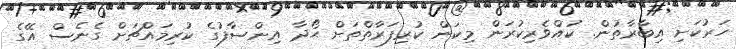
ހަރުކަށި އިބާރާތުން. ކުއްވެރިކުރަން މިކަން ކުރިފަރާތްތަށް ޙޯދާ އިންސާފުގެ ކުރިމައްޗަށް ގެނެސް އޭގެ